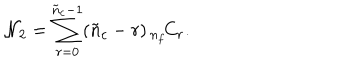
LaTeX: { \cal N } _ { 2 } = \sum _ { r = 0 } ^ { \tilde { n } _ { c } - 1 } ( \tilde { n } _ { c } - r ) \, { } _ { n _ { f } } \! C _ { r } .